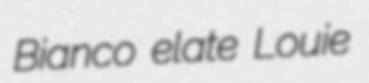
Bianco elate Louie